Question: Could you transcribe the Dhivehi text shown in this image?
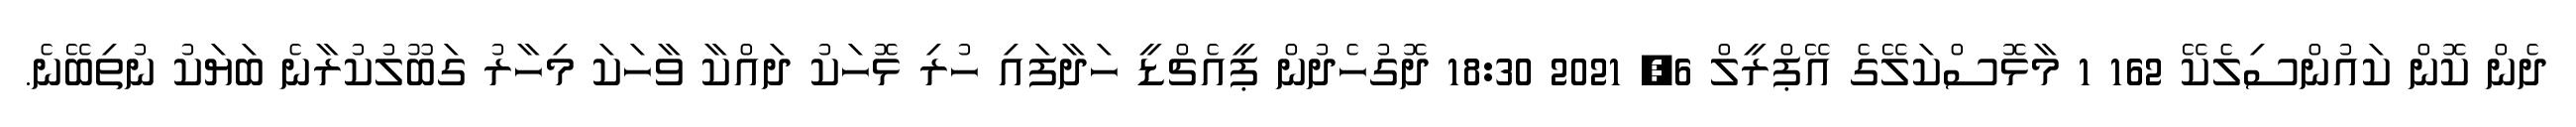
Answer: ދެން ކޮން ކައުންސިލެކޭ 162 1 މާޅޮސްކަލޭގެ އޭޕްރީލް 6, 2021 18:30 ދޮގުހެދުން ޕީއެޗްޑީ ހަދާފައި ހުރި ޅޮހަކު ދައްކާ ވާހަކަ މިހާރު ގަބޫލުކުރާނެ ބަޔަކު ނުތިބޭނެ.